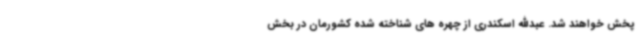
پخش خواهند شد. عبدالله اسکندری از چهره های شناخته شده کشورمان در بخش